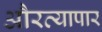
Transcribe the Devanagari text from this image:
औरव्यापार